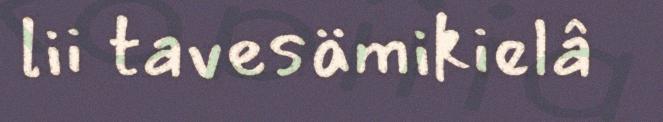
lii tavesämikielâ